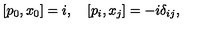
[ p _ { 0 } , x _ { 0 } ] = i , \quad [ p _ { i } , x _ { j } ] = - i \delta _ { i j } ,